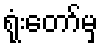
ရုံးတော်မှ